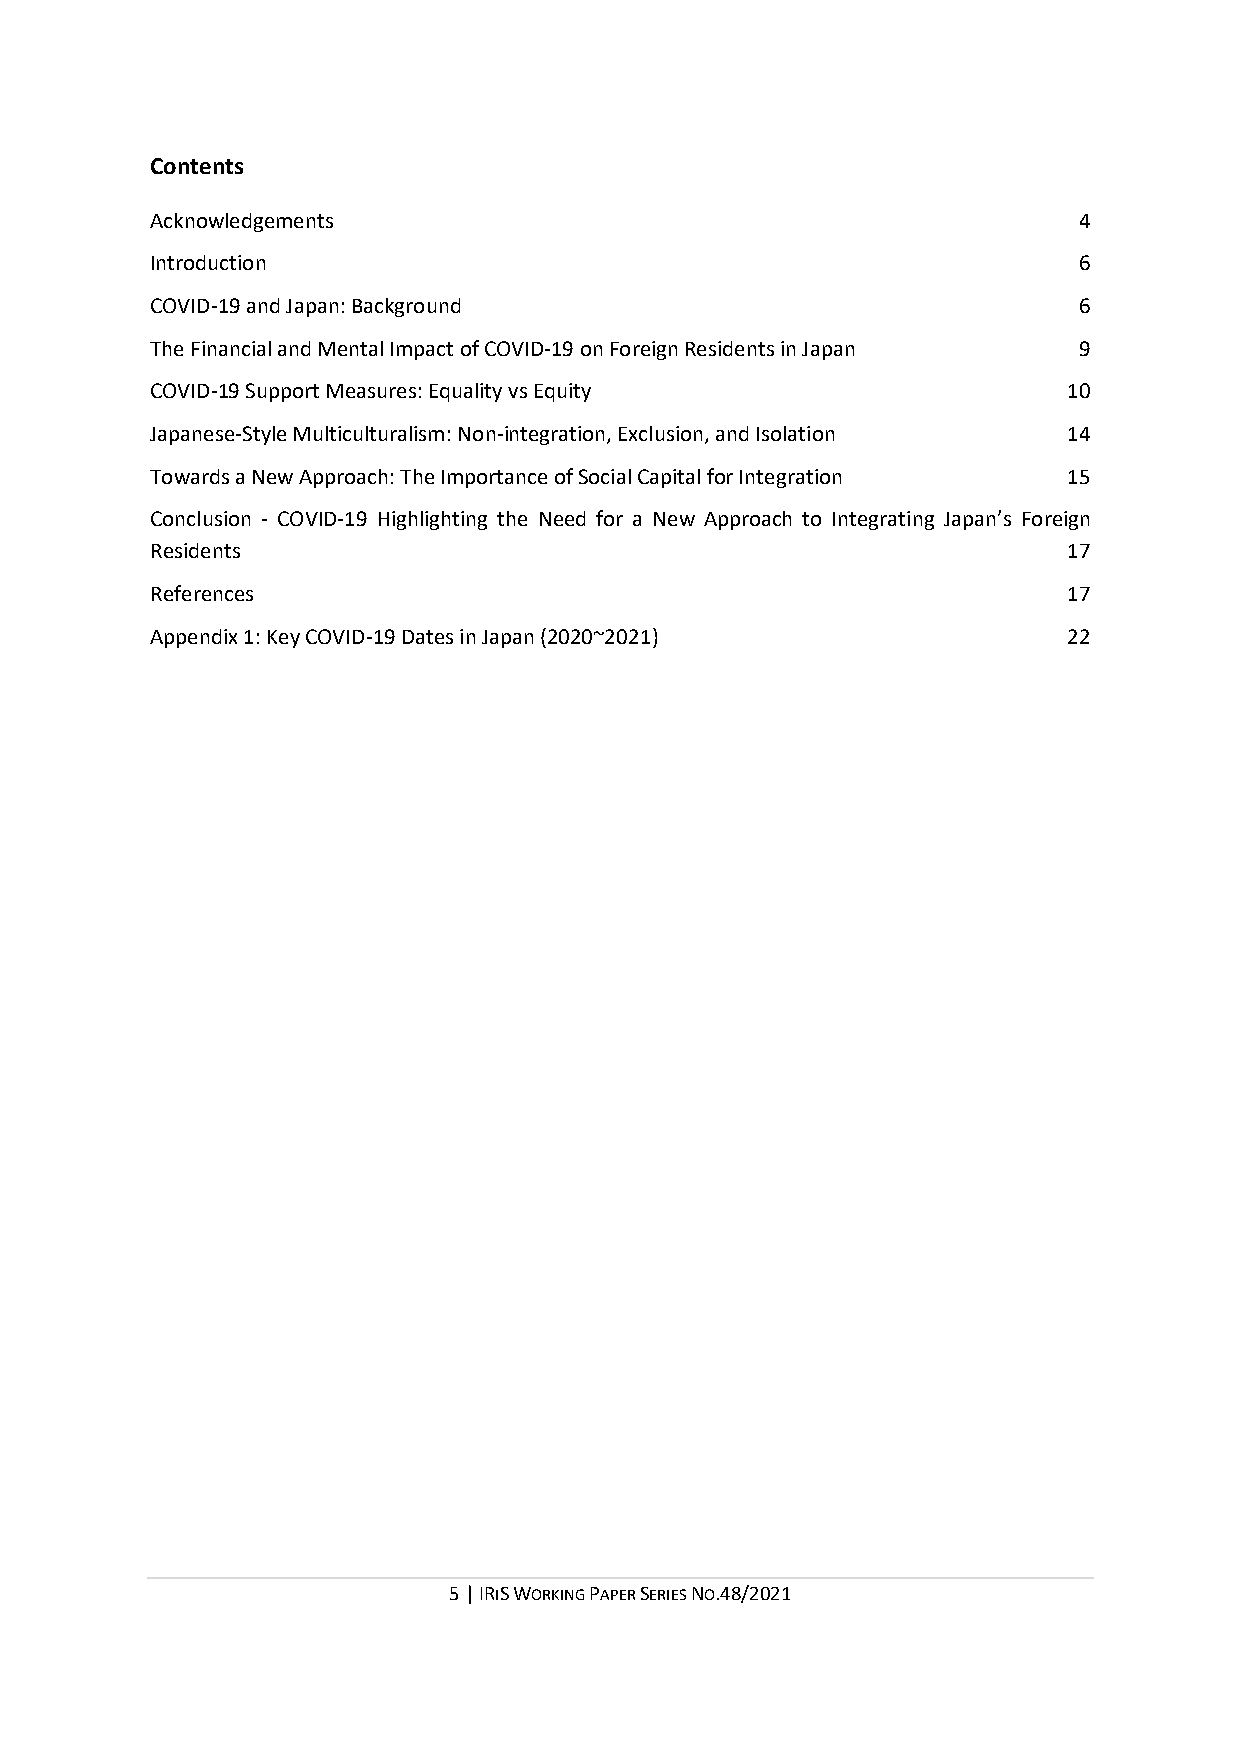
Contents
 Acknowledgements                                             4
 Introduction                                                 6
 COVID-19 and Japan: Background                               6
 The Financial and Mental Impact of COVID-19 on Foreign Residents in Japan 9
 COVID-19 Support Measures: Equality vs Equity                10
 Japanese-Style Multiculturalism: Non-integration, Exclusion, and Isolation 14
 Towards a New Approach: The Importance of Social Capital for Integration 15
 Conclusion - COVID-19 Highlighting the Need for a New Approach to Integrating Japan’s Foreign
 Residents                                                    17
 References                                                   17
 Appendix 1: Key COVID-19 Dates in Japan (2020~2021)          22
 5 | IRIS WORKING PAPER SERIES NO.48/2021